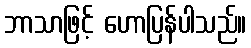
ဘာသာဖြင့် ဟောပြန်ပါသည်။